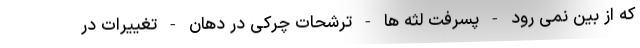
که از بین نمی رود - پسرفت لثه ها - ترشحات چرکی در دهان - تغییرات در